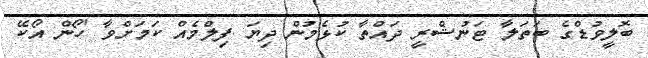
ބޮލީވުޑްގެ ބަތަލާ ޓަނުޝްރީ ދައްތާ ކުޅެމުން ދިޔަ ފިލްމެއް ކަމަށްވާ 'ހޯން އޯކޭ